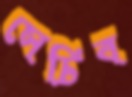
সেচিব